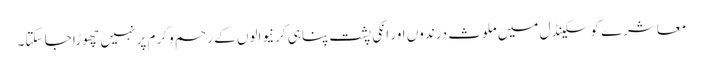
معاشرے کو سکینڈل میں ملوث درندوں اور انکی پشت پناہی کرنیوالوں کے رحم و کرم پر نہیں چھوڑا جا سکتا۔